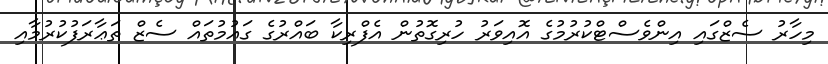
މިހާރު ސެޒްގައި އިންވެސްޓްކުރުމުގެ އޮއިވަރު ހުރިގޮތުން އެފްރިކާ ބައްރުގެ ގައުމުތައް ސެޒް ތަޢާރަފުކުރުމާއި